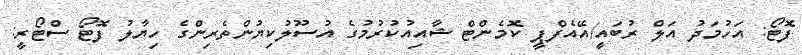
ފޮޓޯ: އަހުމަދު އަލް ރުބައީ/އޭއެފްޕީ ކޮމެންޓް ޝާއިއުކުރުމުގެ އުސޫލުކިޔުންތެރިންގެ ހިޔާލު ފޮޓޯ ސްޓޯރީ: